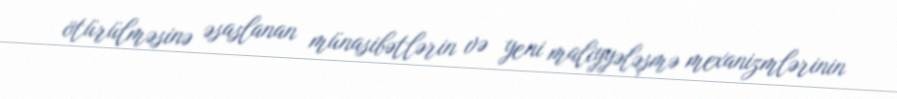
ötürülməsinə əsaslanan münasibətlərin və yeni maliyyələşmə mexanizmlərinin